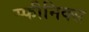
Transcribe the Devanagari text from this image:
स्फीनिक्स